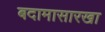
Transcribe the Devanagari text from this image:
बदामासारखा